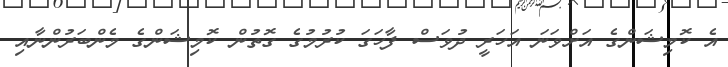
އެ ކޮމިޝަންގެ އަށްވަނަ އަހަރީ ދުވަސް ފާހަގަ ކުރުމުގެ ގޮތުން ކޮމިޝަންގެ މެންބަރުންނާއި